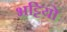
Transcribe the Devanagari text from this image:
भट्टियो